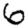
Digit: 6